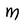
Character: M